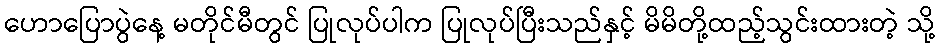
ဟောပြောပွဲနေ့ မတိုင်မီတွင် ပြုလုပ်ပါက ပြုလုပ်ပြီးသည်နှင့် မိမိတို့ထည့်သွင်းထားတဲ့ သို့